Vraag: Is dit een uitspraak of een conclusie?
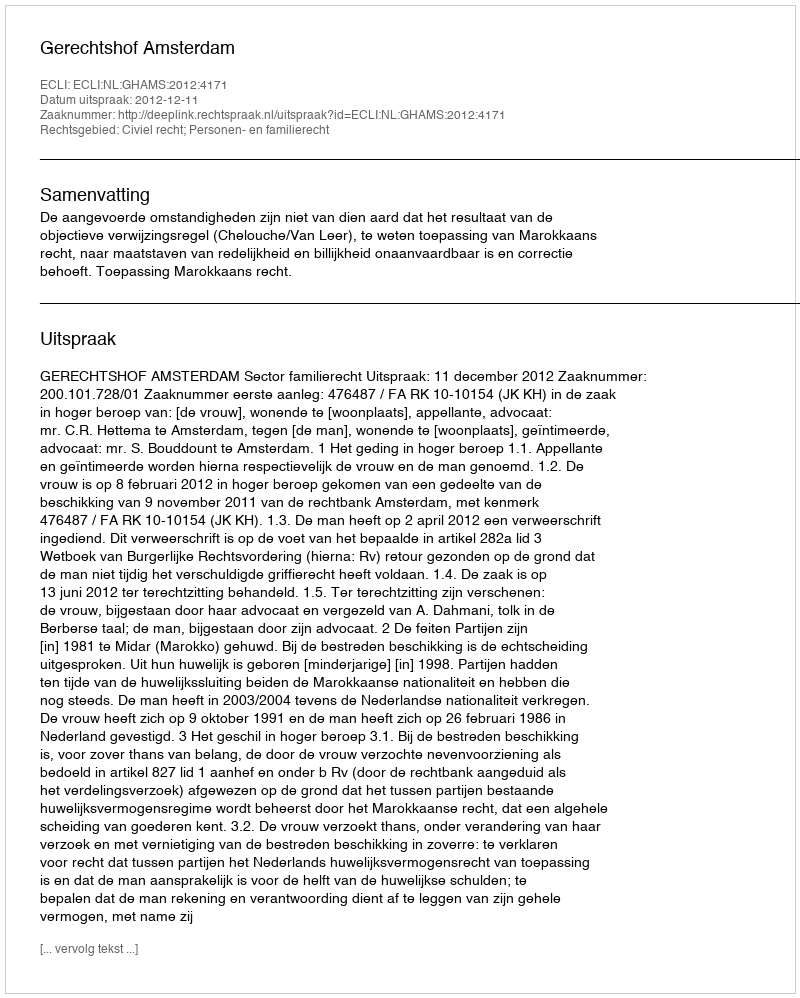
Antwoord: Uitspraak